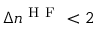
\Delta n ^ { \mathrm { ~ H ~ F ~ } } < 2